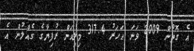
އެ ގޮތުން 2009 ވަނަ އަހަރު 317.4 މިލިއަން ރުފިޔާގެ ގެއްލުން އެ